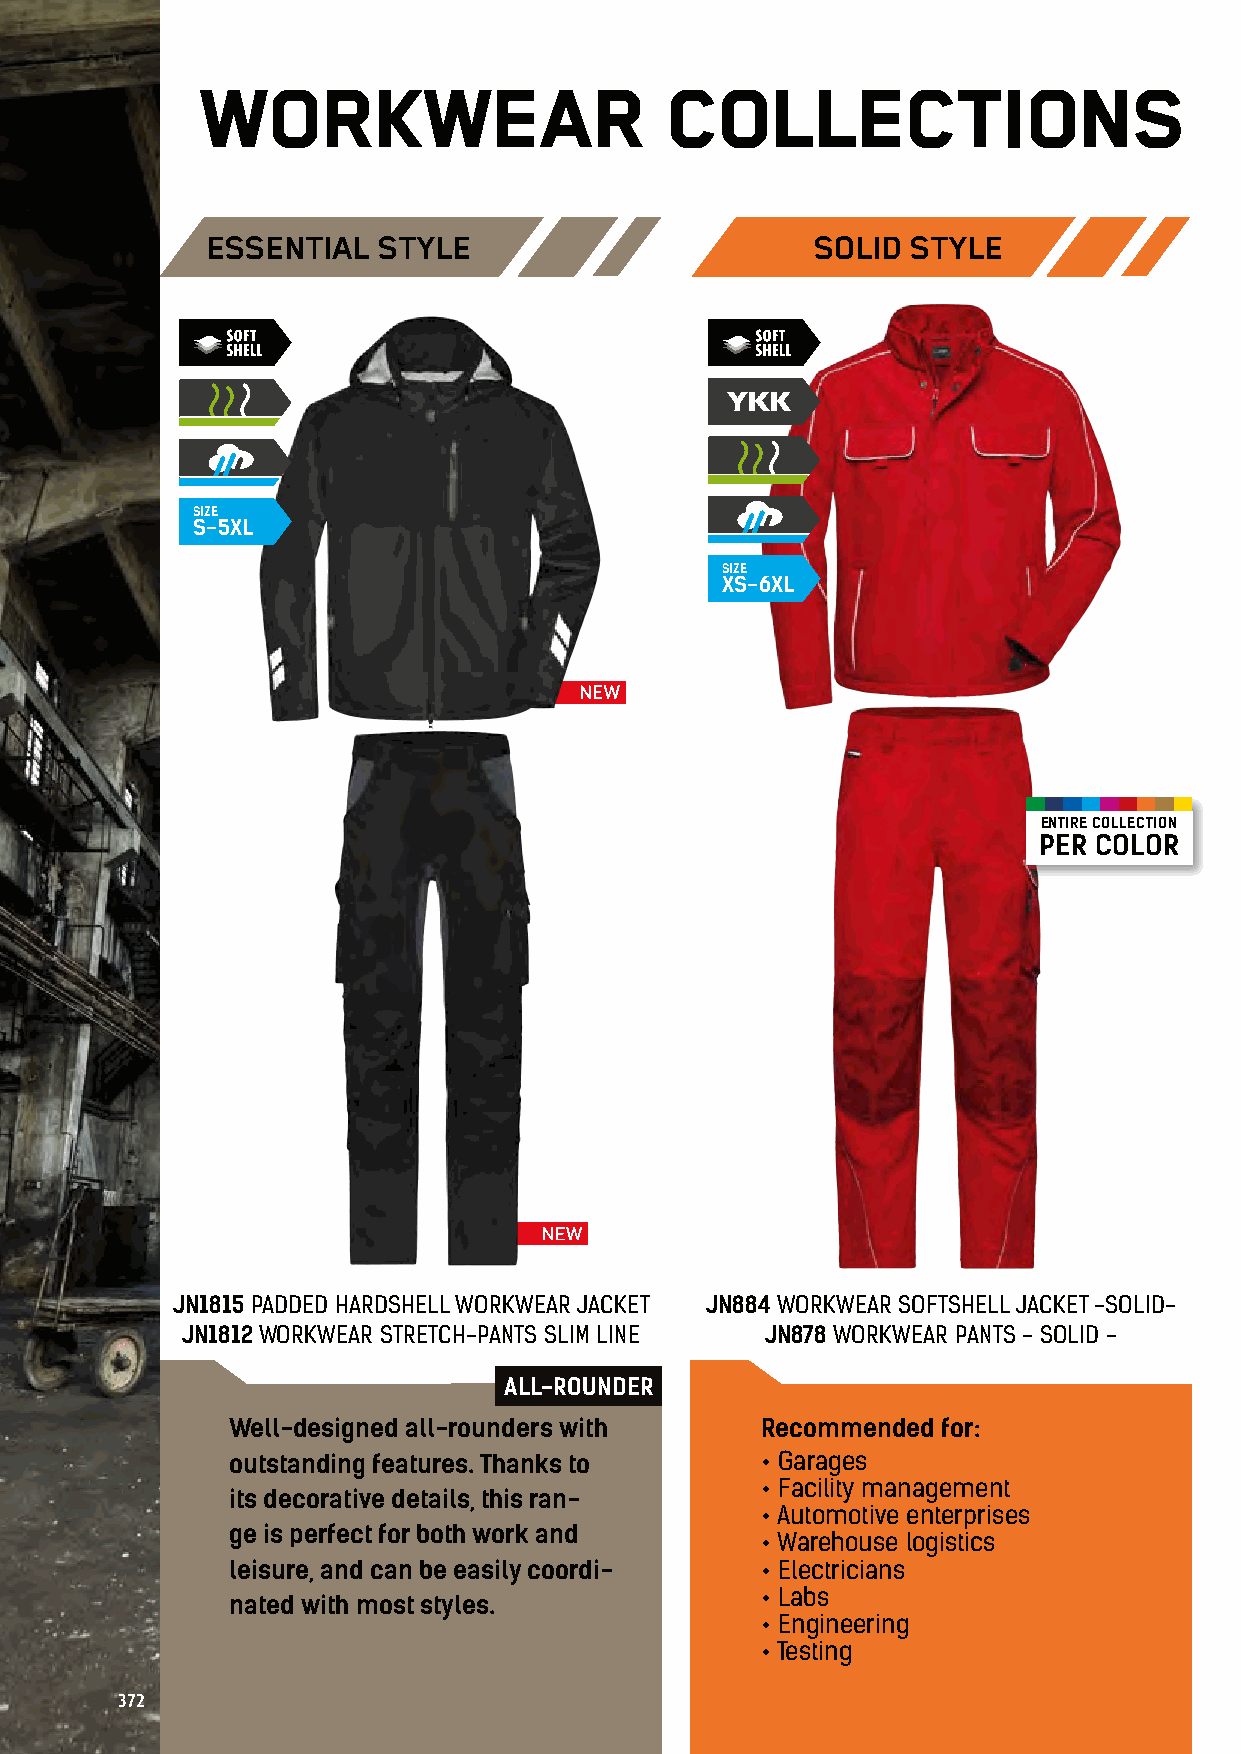
WORKWEAR                       COLLECTIONS
 Which style, which look meets your requirements?
 Just choose from our different styles!
 ESSENTIAL  STYLE                        SOLID STYLE                           COLOR   STYLE                     STRONG   STYLE
 SIZE                                                                      SIZE
 S-5XL                                                                     XS-6XL
 SIZE
 SIZE                                                                       XS-6XL
 XS-6XL
 ENTIRE COLLECTION                     ENTIRE COLLECTION                   ENTIRE COLLECTION
 PER COLOR                             PER COLOR                           PER COLOR
 JN1815 PADDED HARDSHELL WORKWEAR JACKET JN884 WORKWEAR SOFTSHELL JACKET -SOLID- JN851 WORKWEAR SOFTSHELL JACKET - COLOR - JN844 WORKWEAR SOFTSHELL JACKET - STRONG -
 JN1812 WORKWEAR STRETCH-PANTS SLIM LINE JN878 WORKWEAR PANTS - SOLID -        JN847 WORKWEAR PANTS - COLOR -     JN832 WORKWEAR PANTS - STRONG -
 ALL-ROUNDER
 Well-designed all-rounders with    Recommended for:                        Recommended for:                   Recommemded  for:
 outstanding features. Thanks to    • Garages                               • Restaurateurs                    • Construction industry
 • Facility management                   • Carpenters                       • Masons
 its decorative details, this ran-
 • Automotive enterprises                • Assembly works in                • Stuccoers, plasterers and painters
 ge is perfect for both work and
 • Warehouse logistics                    the high-end section              • Road and underground construction
 leisure, and can be easily coordi- • Electricians                          • Gardeners                        • Steel construction
 • Labs                                  • Foresters                        • Floor layers
 nated with most styles.
 • Engineering                           • Industrial cleaning              • Tilers
 • Testing                                                                  • Plumbers
 372